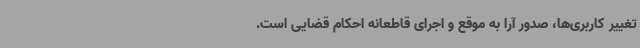
تغییر کاربری‌ها، صدور آرا به موقع و اجرای قاطعانه احکام قضایی است.